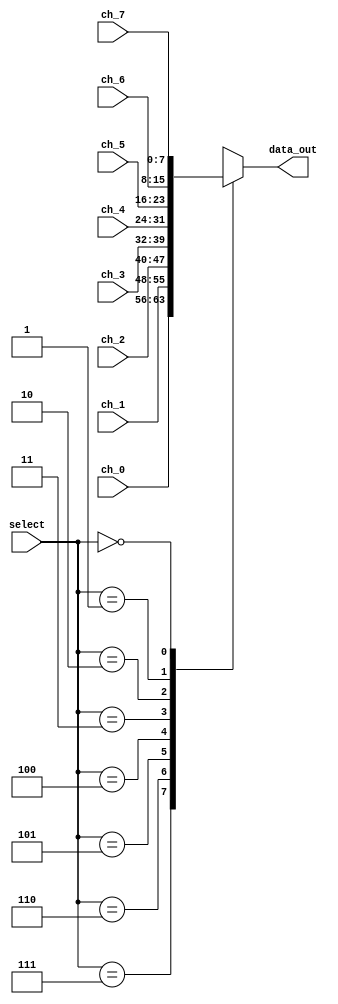
module Mux_8x1(

    //INPUTS
    input wire [2:0] select,
    input wire [7:0] ch_0,
    input wire [7:0] ch_1,
    input wire [7:0] ch_2,
    input wire [7:0] ch_3,
    input wire [7:0] ch_4,
    input wire [7:0] ch_5,
    input wire [7:0] ch_6,
    input wire [7:0] ch_7,
    //OUTPUTS
    output reg [7:0] data_out
    );

    always @*
        begin
            case(select)
                3'b111: data_out = ch_0;
                3'b110: data_out = ch_1;
                3'b101: data_out = ch_2;
                3'b100: data_out = ch_3;
                3'b011: data_out = ch_4;
                3'b010: data_out = ch_5;
                3'b001: data_out = ch_6;
                3'b000: data_out = ch_7;
                default : data_out = ch_0;
            endcase
        end
        
endmodule